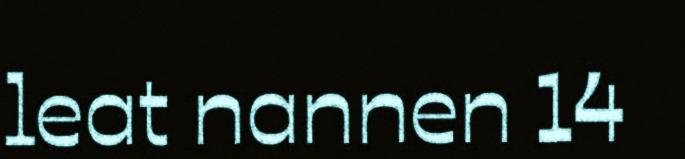
leat nannen 14